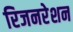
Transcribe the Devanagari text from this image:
रिजनरेशन